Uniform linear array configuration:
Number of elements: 16
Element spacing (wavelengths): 1
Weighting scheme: blackman
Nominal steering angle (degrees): -45
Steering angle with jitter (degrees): -46.908
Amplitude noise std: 0.05
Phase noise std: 0.05

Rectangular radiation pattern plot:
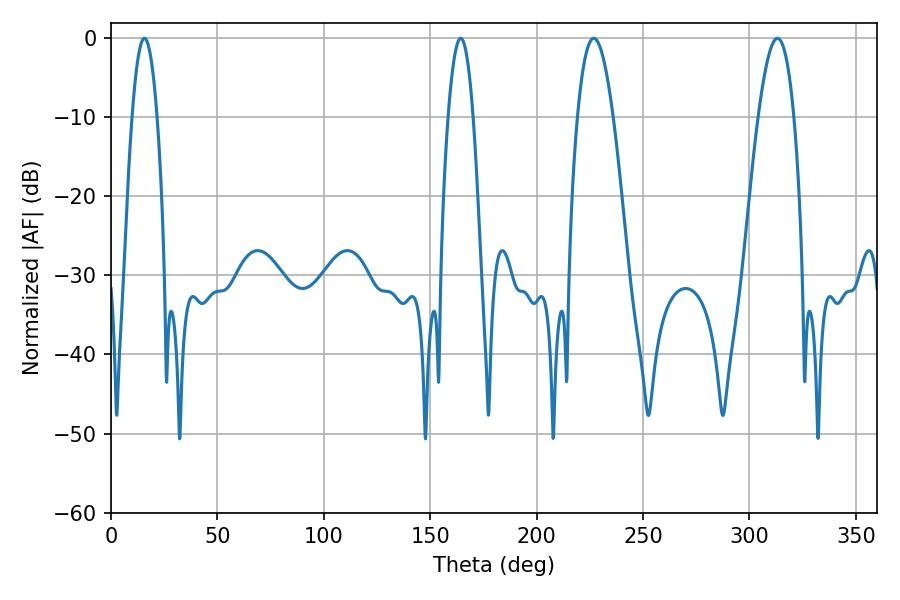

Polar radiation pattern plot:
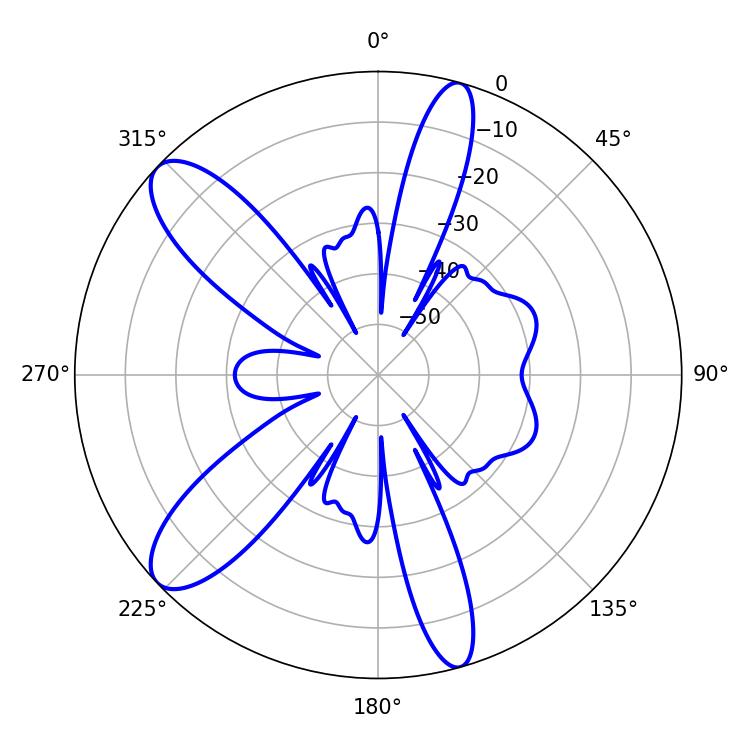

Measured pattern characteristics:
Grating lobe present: TRUE
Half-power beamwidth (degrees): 9.18
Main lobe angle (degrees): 226.8